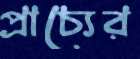
প্রাচ্যের